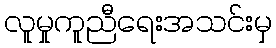
လူမှုကူညီရေးအသင်းမှ